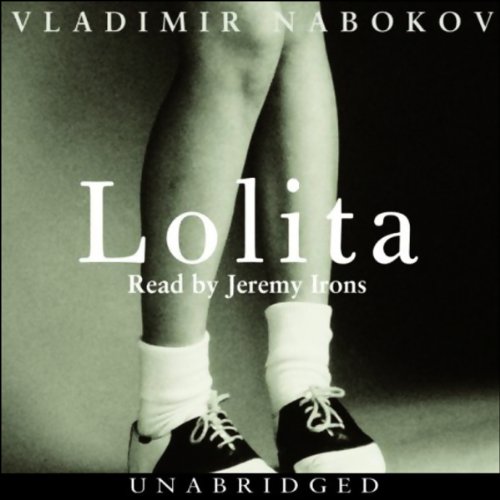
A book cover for Lolita; Vladimir Nabokov; Literature & Fiction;